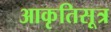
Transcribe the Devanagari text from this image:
आकृतिसूत्र